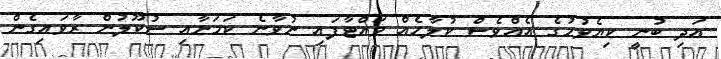
އަދި ބުނީ ކިޔެވުމުގެ އެއްވެސް ކުލާހެއް ވައްޓާފައި ނުވާނެ ކަމަށާއި ސުކޫލުން ރާވައިގެން